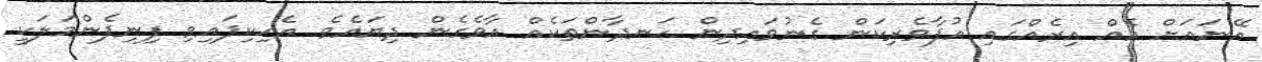
އޭނައަށް އެއް އިރެއްގައި އުފާވެރިކަން ގެނުވައިދިން ހަނދާންތަކެއް އާވެގެން ދިޔައެވެ. އެހިކިފައިވި ފިނިފެންމަލަކީ